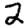
Digit: 2